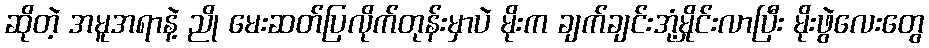
ဆိုတဲ့ အမူအရာနဲ့ ညို မေးဆတ်ပြလိုက်တုန်းမှာပဲ မိုးက ချက်ချင်းအုံ့မှိုင်းလာပြီး မိုးဖွဲလေးတွေ